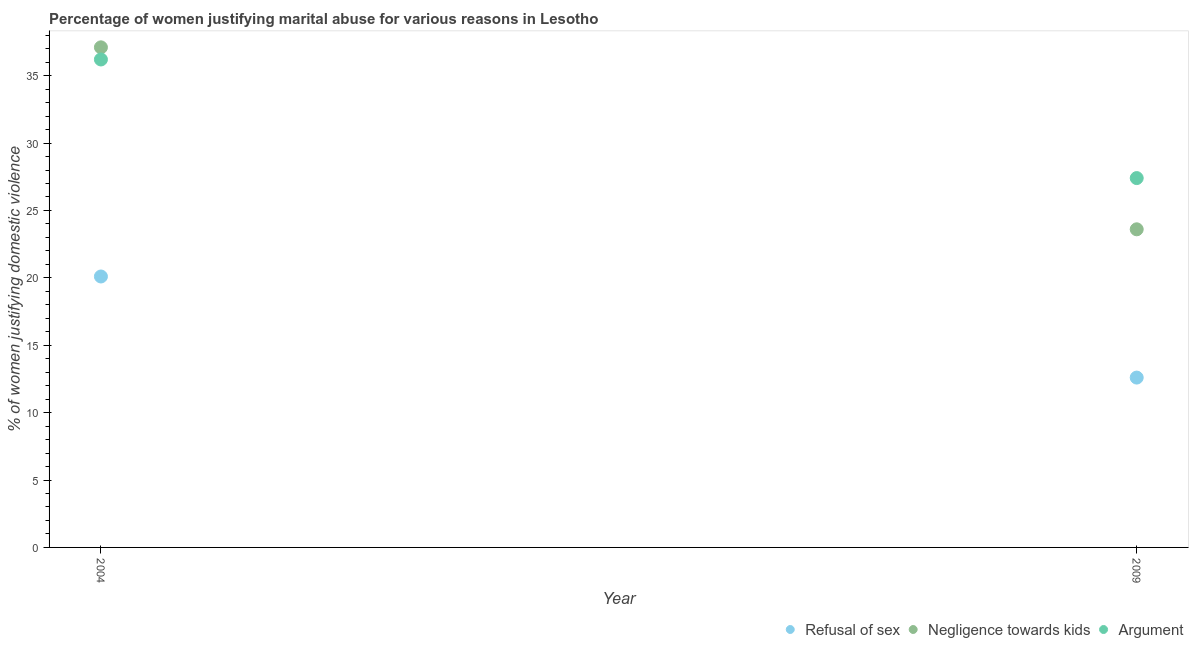
| Year | Refusal of sex | Negligence towards kids | Argument |
 | --- | --- | --- | --- |
 | 2004 | 20.1 | 37.1 | 36.2 |
 | 2009 | 12.6 | 23.6 | 27.4 |